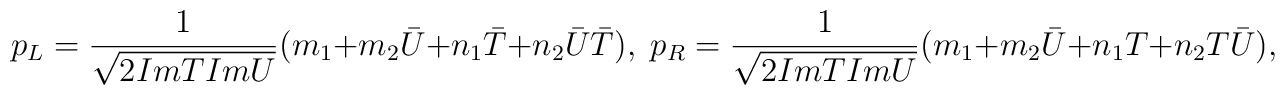
{p_L}=\frac{1}{\sqrt{2ImT ImU}}(m_1+ m_2{\bar U} + n_1 {\bar T}+n_2 {\bar U}{\bar T}),\;p_R =\frac{1}{\sqrt{2ImT ImU}}(m_1+ m_2{\bar U}+ n_1 T+n_2 T{\bar U}),